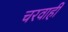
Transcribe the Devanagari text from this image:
चरवाही